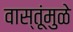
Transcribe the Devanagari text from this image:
वास्तूंमुळे